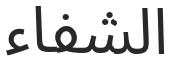
الشفاء